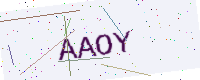
Text: AAOY